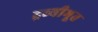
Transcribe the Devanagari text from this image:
द्रव्यीभूत